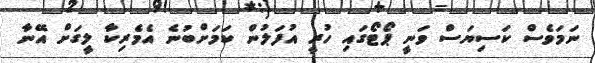
ނަމަވެސް ކަސިޔަސް ވަނީ ޕޯޓޯގައި ހުރީ އުފަލުން ކަމަށްބުނެ އެމެރިކާ ލީގަށް އޭނާ